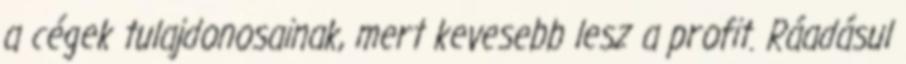
a cégek tulajdonosainak, mert kevesebb lesz a profit. Ráadásul